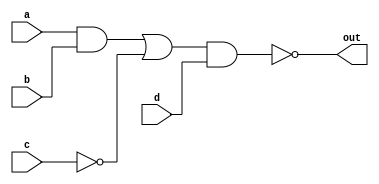
`timescale 1ns / 1ps
//////////////////////////////////////////////////////////////////////////////////
// Company: 
// Engineer: 
// 
// Design Name: 
// Module Name: data_flow_example
// Project Name: 
// Target Devices: 
// Tool Versions: 
// Description: 
// 
// Dependencies: 
// 
// Revision:
// Revision 0.01 - File Created
// Additional Comments:
// 
//////////////////////////////////////////////////////////////////////////////////


module data_flow_example(
    input a,
    input b,
    input c,
    input d,
    output out
    );
    
    assign out = ~(((a & b) | (~c)) & d);
endmodule